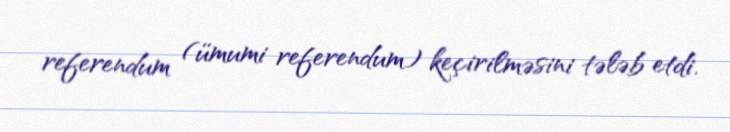
referendum (ümumi referendum) keçirilməsini tələb etdi.